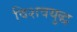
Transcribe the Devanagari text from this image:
विशवयुद्ध